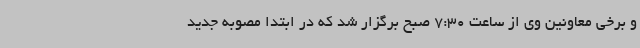
و برخی معاونین وی از ساعت 7:30 صبح برگزار شد که در ابتدا مصوبه جدید